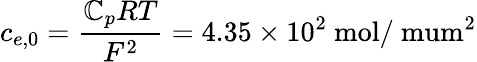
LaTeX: c_{e,0}=\frac{\mathbb{C}_{p}RT}{F^{2}}=4.35\times 10^{2}~\mathrm{mol/\ mum^{2}}